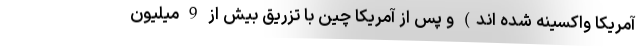
آمریکا واکسینه شده اند) و پس از آمریکا چین با تزریق بیش از 9 میلیون